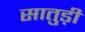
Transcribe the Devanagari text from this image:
सातुड़ी